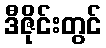
ဒီဇိုင်းတွင်